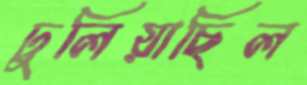
ঢুলিয়াছিল